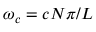
\omega _ { c } = c N \pi / L